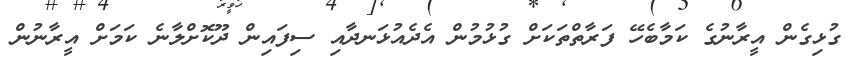
ގުޅިގެން އީރާނުގެ ކަމާބެހޭ ފަރާތްތަކަށް ގުޅުމުން އެދެއުޅަނދާއި ސިފައިން ދޫކޮށްލާނެ ކަމަށް އީރާނުން